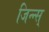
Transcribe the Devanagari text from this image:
जिन्न्स्